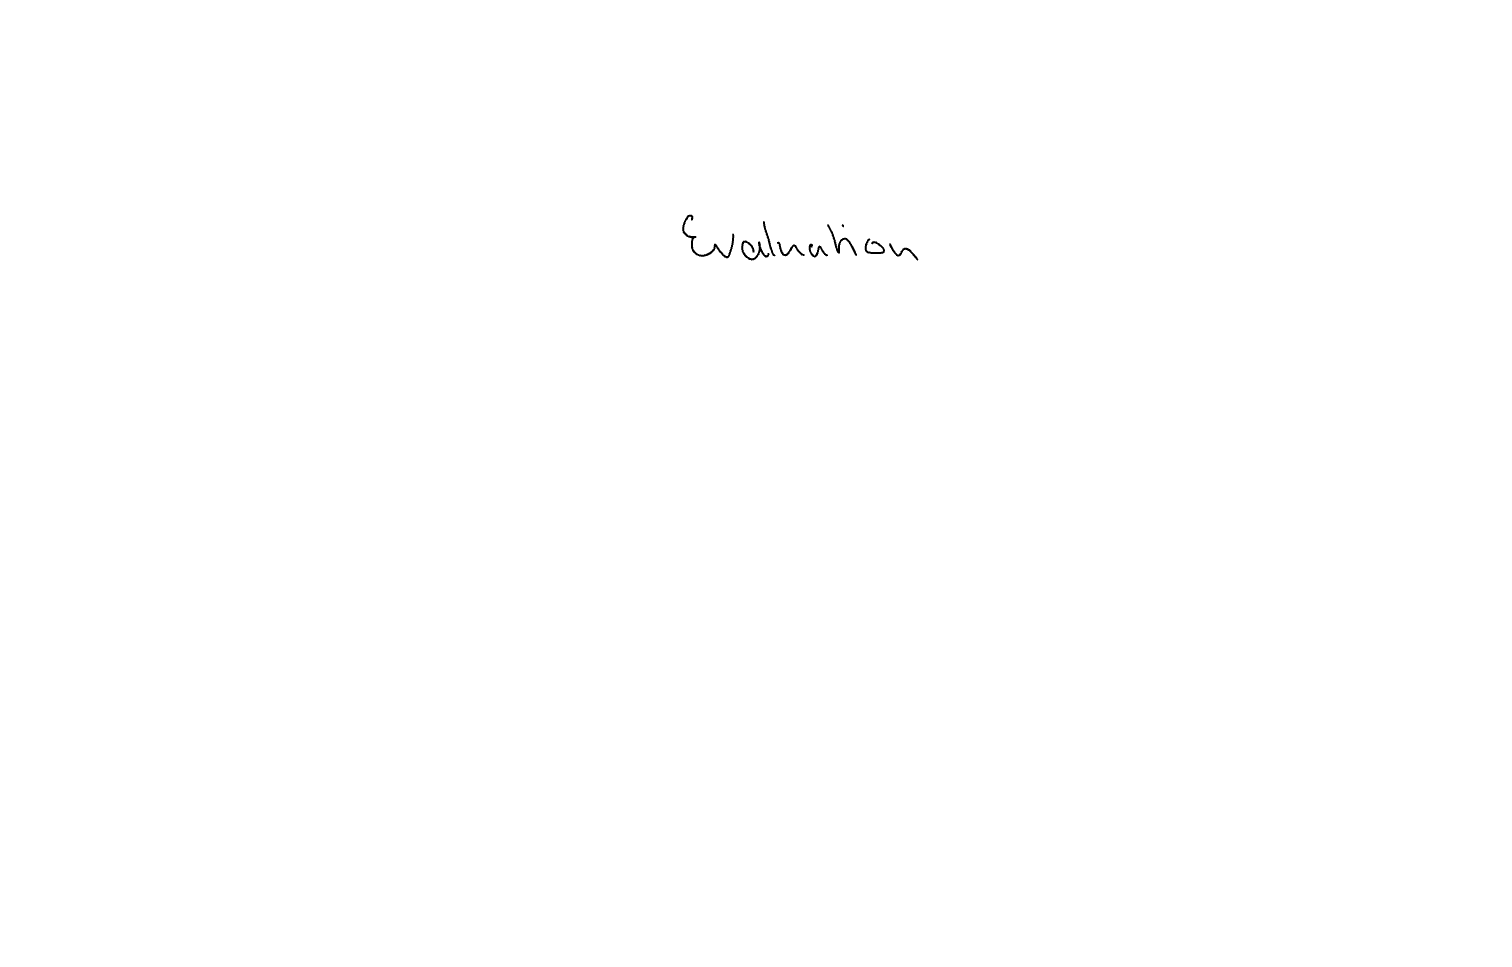
Text: Evaluation